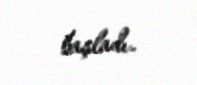
başladı.